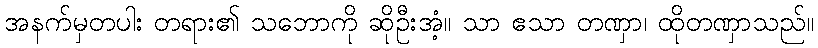
အနက်မှတပါး တရား၏ သဘောကို ဆိုဦးအံ့။ သာ ဧသာ တဏှာ၊ ထိုတဏှာသည်။